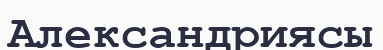
Александриясы